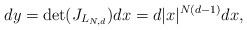
\begin{align*}dy=\det(J_{L_{N,d}})dx=d|x|^{N\left( d-1\right) }dx, \end{align*}